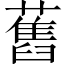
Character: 舊